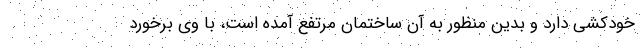
خودکشی دارد و بدین منظور به آن ساختمان مرتفع آمده است، با وی برخورد